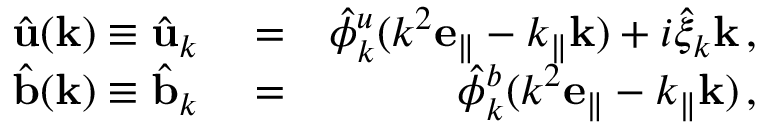
\begin{array} { r l r } { \hat { \bf u } ( { \bf k } ) \equiv \hat { \bf u } _ { k } } & { { } = } & { \hat { \phi } _ { k } ^ { u } ( k ^ { 2 } { \bf e _ { \parallel } } - k _ { \parallel } { \bf k } ) + i \hat { \xi } _ { k } { \bf k } \, , } \\ { \hat { \bf b } ( { \bf k } ) \equiv \hat { \bf b } _ { k } } & { { } = } & { \hat { \phi } _ { k } ^ { b } ( k ^ { 2 } { \bf e _ { \parallel } } - k _ { \parallel } { \bf k } ) \, , } \end{array}